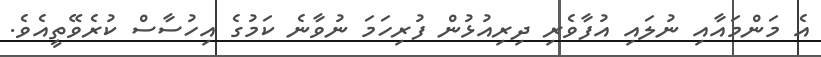
އެ މަންމައާއި ނުލައި އުފާވެރި ދިރިއުޅުން ފުރިހަމަ ނުވާނެ ކަމުގެ އިހުސާސް ކުރެވޭތީއެވެ.